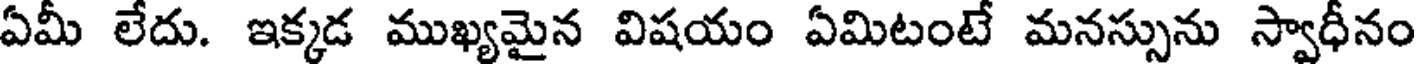
ఏమీ లేదు. ఇక్కడ ముఖ్యమైన విషయం ఏమిటంటే మనస్సును స్వాధీనం